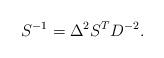
LaTeX: \begin{align*}S^{-1}=\Delta ^{2}S^{T}D^{-2}.\end{align*}